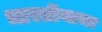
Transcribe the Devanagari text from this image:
भारतीयाचा